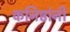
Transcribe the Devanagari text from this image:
कनिष्ठांनी